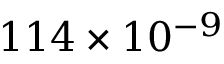
1 1 4 \times 1 0 ^ { - 9 }